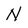
Character: N